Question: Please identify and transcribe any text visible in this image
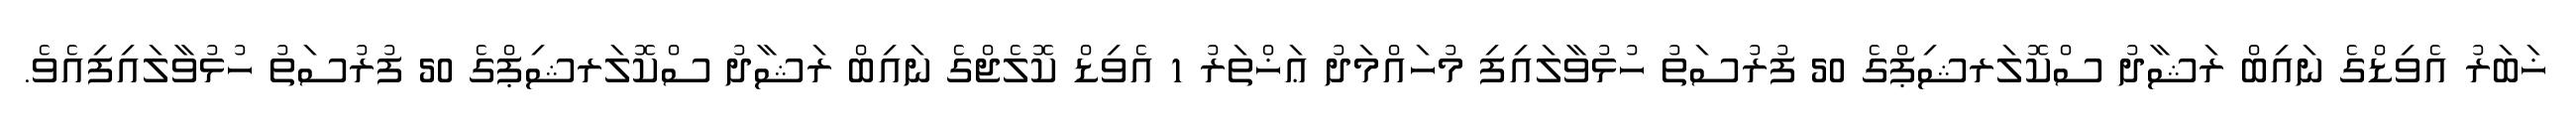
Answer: ޚަބަރު އެވިޑްގެ ނައިބް ރަޝާދު ސްކޮލަރޝިޕްގެ 50 ފުރުސަތު ހުޅުވާލައިފި މުހައްމަދު ޢަޚްތަރު 1 އެވިޑް ކޮލެޖްގެ ނައިބް ރަޝާދު ސްކޮލަރޝިޕްގެ 50 ފުރުސަތު ހުޅުވާލައިފިއެވެ.